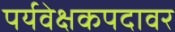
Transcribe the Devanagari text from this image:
पर्यवेक्षकपदावर